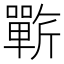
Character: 𰕥